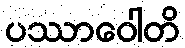
ပဿာဝေါတိ